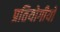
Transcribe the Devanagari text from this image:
प्रतियोगीयो